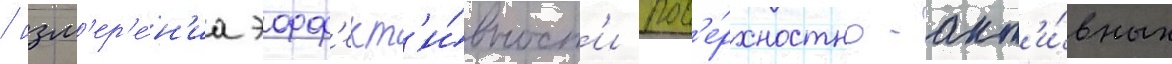
/ изм'ер'е́н'иа эфф'ект'и́вност'и пов'е́рхностно-акт'и́вных